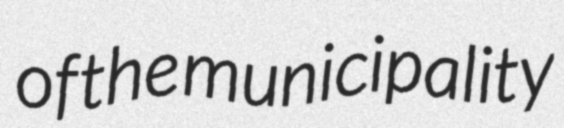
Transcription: of the municipality